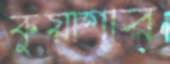
কুয়াশার